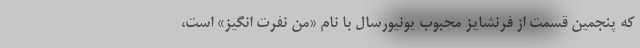
که پنجمین قسمت از فرنشایز محبوب یونیورسال با نام «من نفرت انگیز» است،